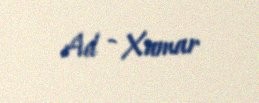
Ad - Xumar